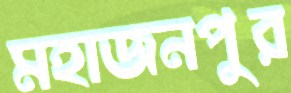
মহাজনপুর